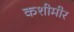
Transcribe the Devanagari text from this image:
कशीमीर